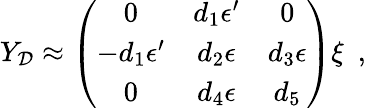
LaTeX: Y_{\mathcal{D}}\approx\left(\begin{array}{ccc}{{0}}&{{d_{1}\epsilon^{\prime}}}&{{0}}\\ {{-d_{1}\epsilon^{\prime}}}&{{d_{2}\epsilon}}&{{d_{3}\epsilon}}\\ {{0}}&{{d_{4}\epsilon}}&{{d_{5}}}\end{array}\right)\xi\, \, \, ,